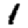
Digit: 1